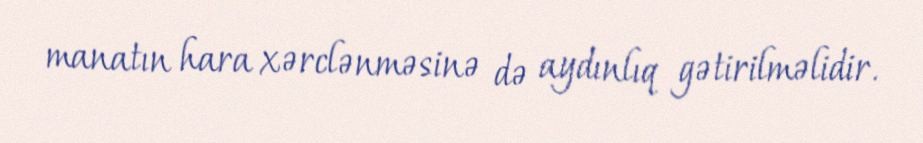
manatın hara xərclənməsinə də aydınlıq gətirilməlidir.